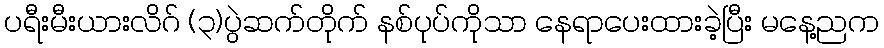
ပရီးမီးယားလိဂ် (၃)ပွဲဆက်တိုက် နစ်ပုပ်ကိုသာ နေရာပေးထားခဲ့ပြီး မနေ့ညက